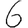
Digit: 6